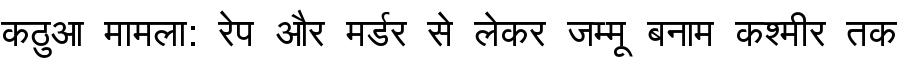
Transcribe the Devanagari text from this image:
कठुआ मामला: रेप और मर्डर से लेकर जम्मू बनाम कश्मीर तक